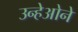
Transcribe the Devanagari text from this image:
उन्हेओने